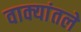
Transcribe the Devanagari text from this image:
वाक्यांतले